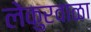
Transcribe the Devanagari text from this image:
लेकुरवाळा